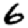
Digit: 6